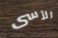
الأسى